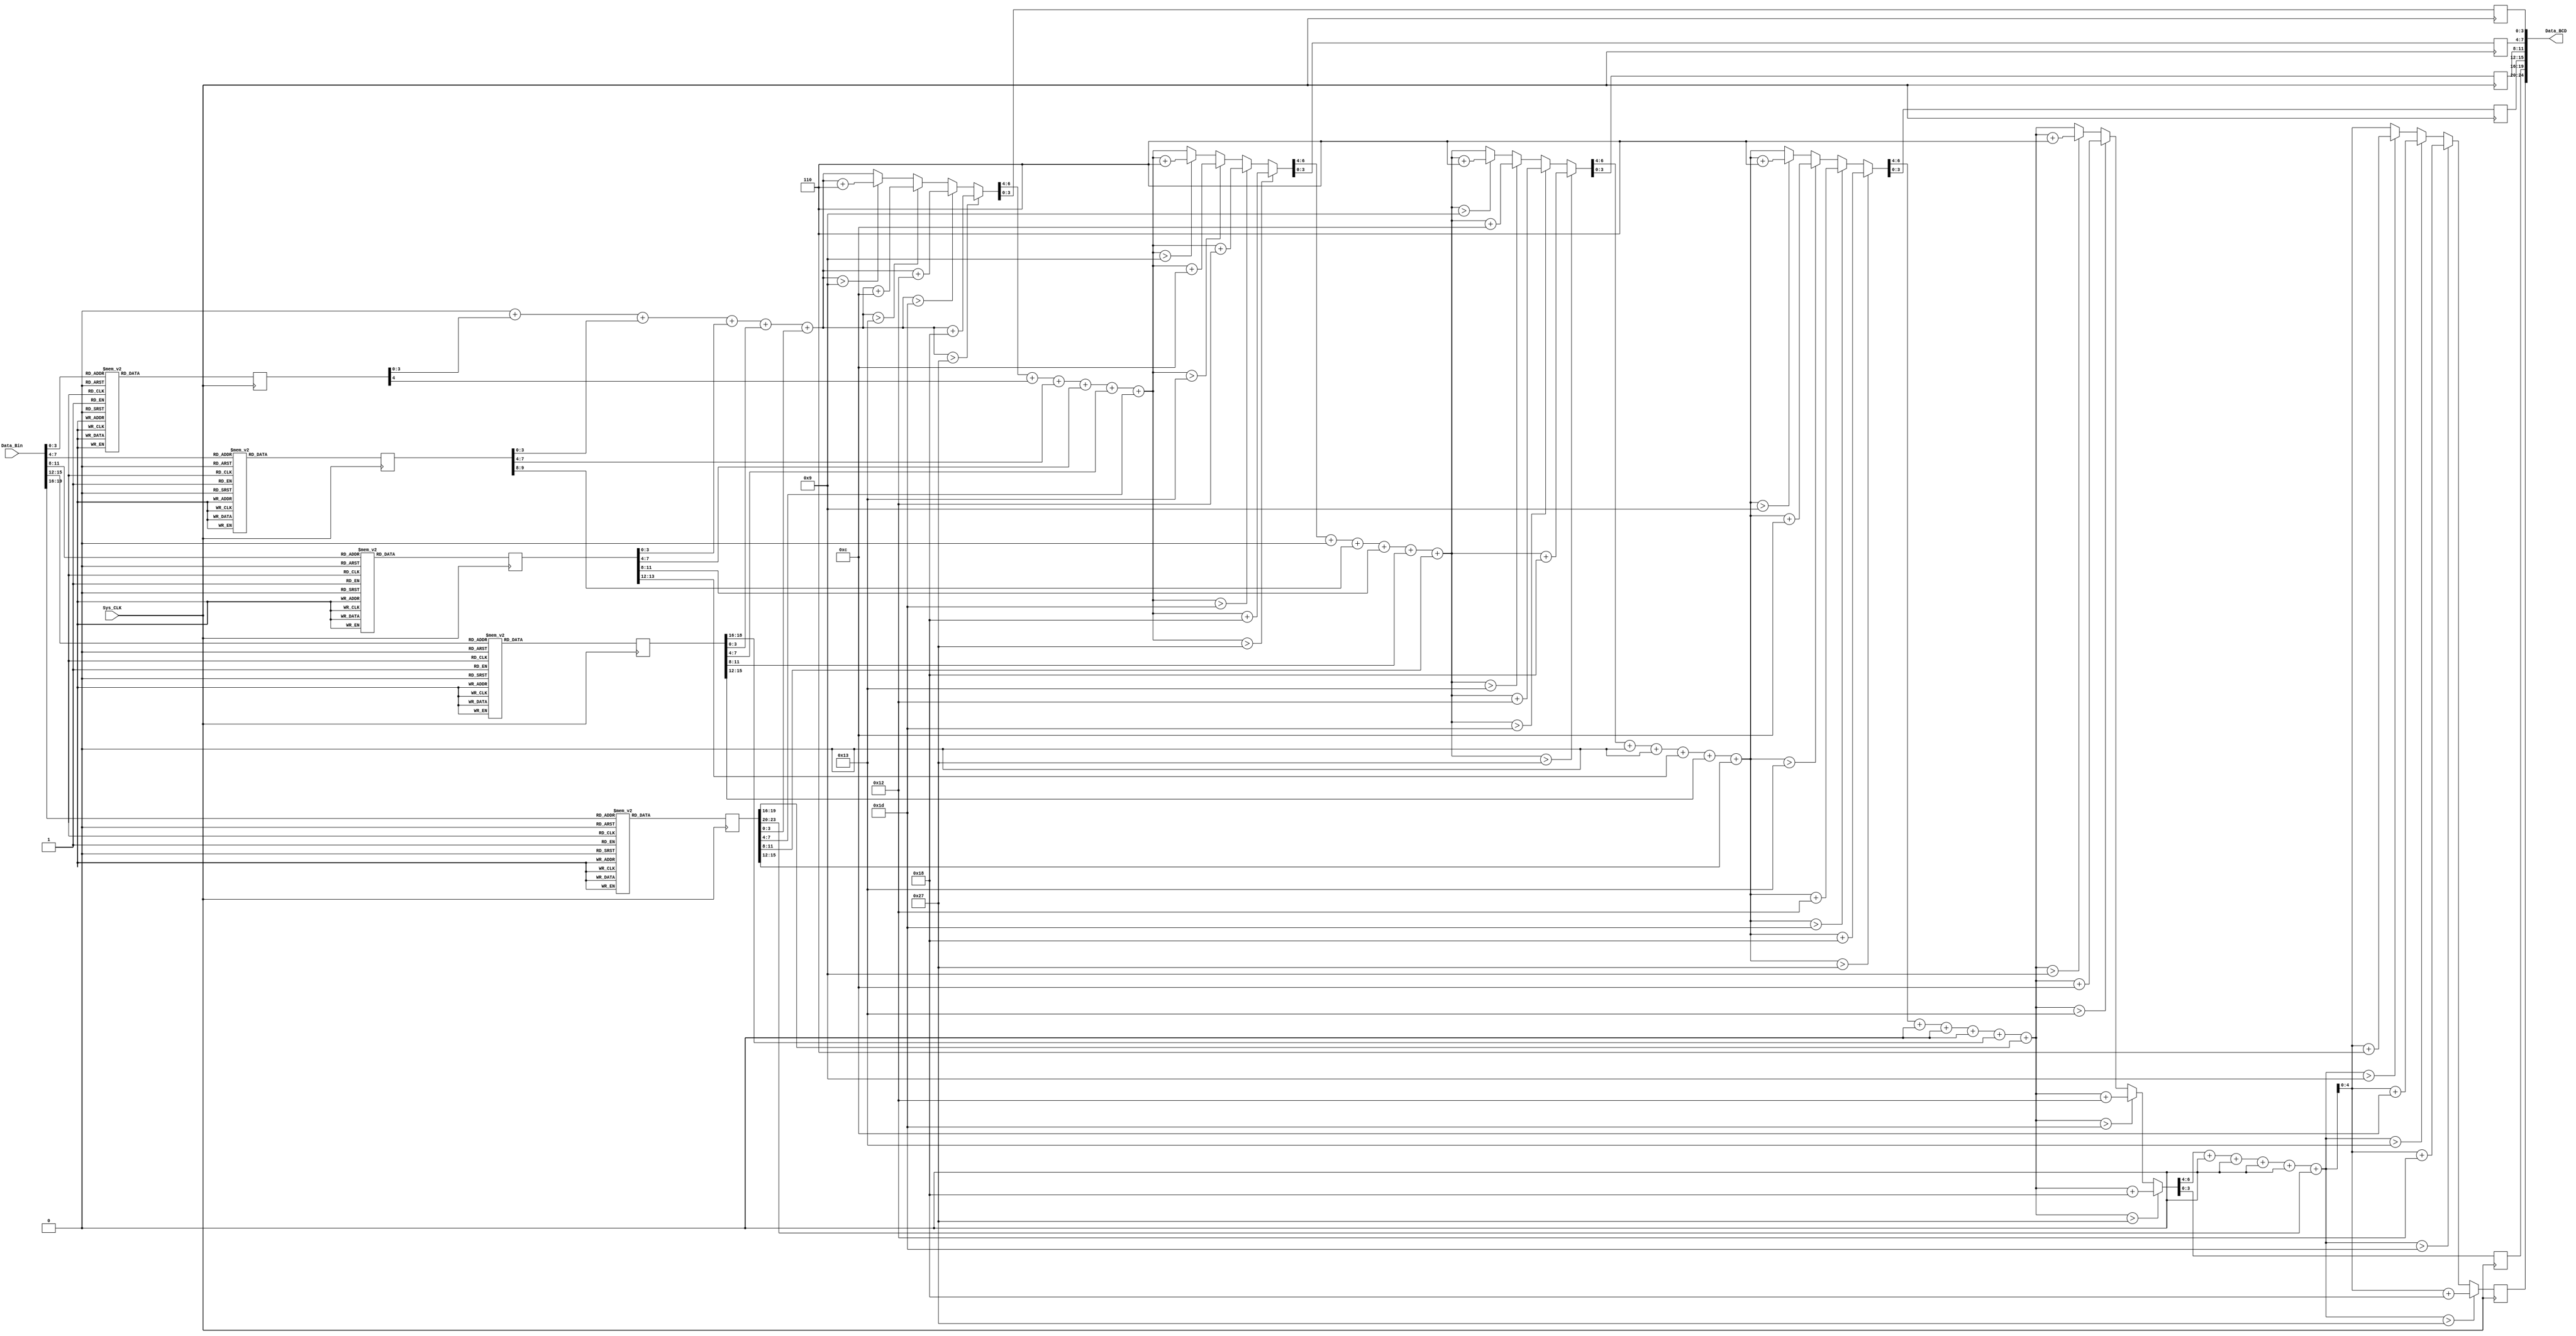
module BinToBCD(Data_Bin,Data_BCD,Sys_CLK);  // N/A not been igorned -- 20180824 noted

input Sys_CLK;					//ϵͳʱ
input [19:0]Data_Bin;			//룬Ϊ1,048,575
output [24:0]Data_BCD;			//8421BCDΪ1,048,575

reg [23:0]HexE;
reg [18:0]HexD;
reg [13:0]HexC;
reg [9:0]HexB;
reg [4:0]HexA;

reg [6:0]resa,resb,resc,resd,rese;
reg [4:0]resf;

assign Data_BCD = {resf,rese[3:0],resd[3:0],resc[3:0],resb[3:0],resa[3:0]};

initial
begin
	resa = 7'h0;
	resb = 7'h0;
	resc = 7'h0;
	resd = 7'h0;
	rese = 7'h0;
	resf = 5'h0;
end

always@(posedge Sys_CLK)                  //4bit
begin
    case(Data_Bin[19:16])
        4'h0: HexE <= 24'h000000;
        4'h1: HexE <= 24'h065536;
        4'h2: HexE <= 24'h131072;
        4'h3: HexE <= 24'h196608;
        4'h4: HexE <= 24'h262144;
        4'h5: HexE <= 24'h327680;
        4'h6: HexE <= 24'h393216;
        4'h7: HexE <= 24'h458752;
        4'h8: HexE <= 24'h524288?;
        4'h9: HexE <= 24'h589824;
        4'ha: HexE <= 24'h655360;
        4'hb: HexE <= 24'h720896;
        4'hc: HexE <= 24'h786432;
        4'hd: HexE <= 24'h851968;
        4'he: HexE <= 24'h917504;
        4'hf: HexE <= 24'h983040;
        default: HexE <= 24'h000000;
    endcase
end

always@(posedge Sys_CLK)                  //θ4bit
begin
    case(Data_Bin[15:12])
        4'h0: HexD <= 19'h00000;
        4'h1: HexD <= 19'h04096;
        4'h2: HexD <= 19'h08192;
        4'h3: HexD <= 19'h12288;
        4'h4: HexD <= 19'h16384;
        4'h5: HexD <= 19'h20480;
        4'h6: HexD <= 19'h24576;
        4'h7: HexD <= 19'h28672;
        4'h8: HexD <= 19'h32768;
        4'h9: HexD <= 19'h36864;
        4'ha: HexD <= 19'h40960;
        4'hb: HexD <= 19'h45056;
        4'hc: HexD <= 19'h49152;
        4'hd: HexD <= 19'h53248;
        4'he: HexD <= 19'h57344;
        4'hf: HexD <= 19'h61440;
        default: HexD <= 19'h00000;
    endcase
end

always@(posedge Sys_CLK)
begin
    case(Data_Bin[11:8]) 
        4'h0: HexC <= 14'h0000;
        4'h1: HexC <= 14'h0256;
        4'h2: HexC <= 14'h0512;
        4'h3: HexC <= 14'h0768;
        4'h4: HexC <= 14'h1024;
        4'h5: HexC <= 14'h1280;
        4'h6: HexC <= 14'h1536;
        4'h7: HexC <= 14'h1792;
        4'h8: HexC <= 14'h2048;
        4'h9: HexC <= 14'h2304;
        4'ha: HexC <= 14'h2560;
        4'hb: HexC <= 14'h2816;
        4'hc: HexC <= 14'h3072;
        4'hd: HexC <= 14'h3328;
        4'he: HexC <= 14'h3584;
        4'hf: HexC <= 14'h3840;
        default: HexC <= 14'h0000;
    endcase
end 

always@(posedge Sys_CLK)
begin
    case(Data_Bin[7:4])
        4'h0: HexB <= 10'h000;
        4'h1: HexB <= 10'h016;
        4'h2: HexB <= 10'h032;
        4'h3: HexB <= 10'h048;
        4'h4: HexB <= 10'h064;
        4'h5: HexB <= 10'h080;
        4'h6: HexB <= 10'h096;
        4'h7: HexB <= 10'h112;
        4'h8: HexB <= 10'h128;
        4'h9: HexB <= 10'h144;
        4'ha: HexB <= 10'h160;
        4'hb: HexB <= 10'h176;
        4'hc: HexB <= 10'h192;
        4'hd: HexB <= 10'h208;
        4'he: HexB <= 10'h224;
        4'hf: HexB <= 10'h240;
        default: HexB <= 10'h000;
    endcase
end 

always@(posedge Sys_CLK)
begin
    case(Data_Bin[3:0])
        4'h0: HexA <= 5'h00;
        4'h1: HexA <= 5'h01;
        4'h2: HexA <= 5'h02;
        4'h3: HexA <= 5'h03;
        4'h4: HexA <= 5'h04;
        4'h5: HexA <= 5'h05;
        4'h6: HexA <= 5'h06;
        4'h7: HexA <= 5'h07;
        4'h8: HexA <= 5'h08;
        4'h9: HexA <= 5'h09;
        4'ha: HexA <= 5'h10;
        4'hb: HexA <= 5'h11;
        4'hc: HexA <= 5'h12;
        4'hd: HexA <= 5'h13;
        4'he: HexA <= 5'h14;
        4'hf: HexA <= 5'h15;
        default: HexA <= 5'h00;
    endcase
end

always@(posedge Sys_CLK) //ÿͬbcd?һbcdҪϵһĽλ,ҲǸ?Ĳ
begin   
    resa = AddBCD(4'h0,HexA[3:0],HexB[3:0],HexC[3:0],HexD[3:0],HexE[3:0]);
    resb = AddBCD(resa[6:4],HexA[4],HexB[7:4],HexC[7:4],HexD[7:4],HexE[7:4]);
    resc = AddBCD(resb[6:4],4'h0,HexB[9:8],HexC[11:8],HexD[11:8],HexE[11:8]);
    resd = AddBCD(resc[6:4],4'h0,4'h0,HexC[13:12],HexD[15:12],HexE[15:12]);
    rese = AddBCD(resd[6:4],4'h0,4'h0,4'h0,HexD[18:16],HexE[19:16]);
    resf = AddBCD(rese[6:4],4'h0,4'h0,4'h0,4'h0,HexE[23:20]);
end

function [6:0]AddBCD; 
input [3:0]add1,add2,add3,add4,add5,add6;
begin
    AddBCD = add1 + add2 + add3 + add4 + add5 + add6; //Ϊ49
	if(AddBCD > 6'h27)				//>39Խ24
		AddBCD = AddBCD + 7'h18;
    else if(AddBCD > 6'h1d)			//>29Խ18      
		AddBCD = AddBCD + 7'h12;
    else if(AddBCD > 5'h13)			//>19Խ12
        AddBCD = AddBCD + 7'hc;
    else if(AddBCD > 4'h9)			//>9Խ6
        AddBCD = AddBCD + 7'h6;
end
endfunction

endmodule